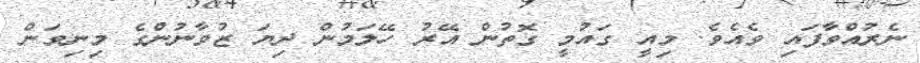
ނެރުއްވާފައި ވެއެވެ. މިއީ ގައުމީ ގޮތުން އޭރު ހޭލަމުން ދިޔަ ޒުވާނުންގެ މިނިވަން